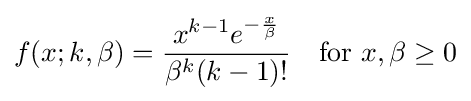
f(x;k,\beta )={\frac {x^{k-1}e^{-{\frac {x}{\beta }}}}{\beta ^{k}(k-1)!}}\quad {\mbox{for }}x,\beta \geq 0